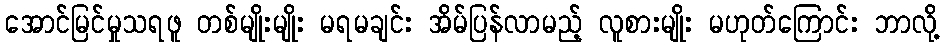
အောင်မြင်မှုသရဖူ တစ်မျိုးမျိုး မရမချင်း အိမ်ပြန်လာမည့် လူစားမျိုး မဟုတ်ကြောင်း ဘာလို့